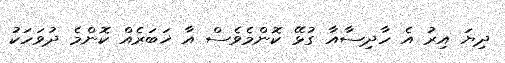
ދިޔަ އިރު އެ ހާދިސާއާ ގުޅޭ ކޮންމެވެސް އާ ޚަބަރެއް ކޮންމެ ދުވަހަކު